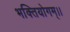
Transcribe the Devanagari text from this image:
भक्तियोगम्‌।।